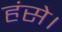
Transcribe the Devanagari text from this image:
हंसे।